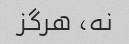
نه، هرگز